Civil Veterinary Dept. Bombay admin report 1923-31 - 1923-1931
Year: 1923
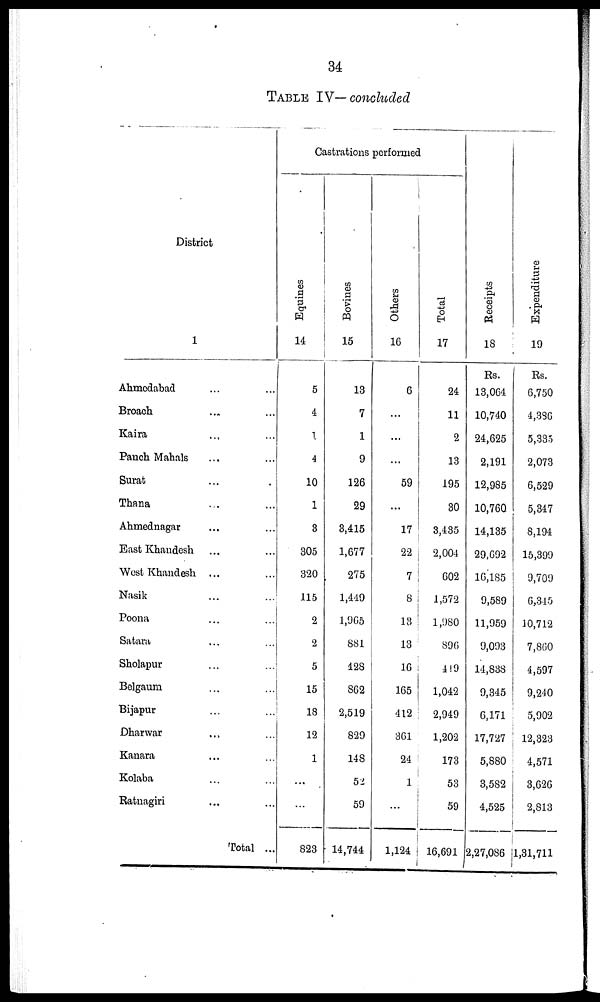
34
TABLE IV—concluded
District
1
Ahmedabad ... ...
Broach ... ...
Kaira ... ...
Panch Mahals ... ...
Surat ... ...
Thana ... ...
Ahmednagar ... ...
East Khandesh ... ...
West Khandesh ... ...
Nasik ... ...
Poona ... ...
Satara ... ...
Sholapur ... ...
Belgaum ... ...
Bijapur ... ...
Dharwar ... ...
Kanara ... ...
Kolaba ... ...
Ratnagiri ... ...
Total ..
Castrations performed
Equines
14
5
4
1
4
10
1
3
305
320
115
2
2
5
15
18
12
1
...
...
823
Bovines
15
13
7
1
9
126
29
3,415
1,677
275
1,449
1,965
881
428
862
2,519
829
148
52
59
14,744
Others
16
6
...
...
...
59
....
17
22
7
8
13
13
16
165
412
361
24
1
...
1,124
Total
17
24
11
2
13
195
30
3,435
2,004
602
1,572
1,980
896
449
1,042
2,949
1,202
173
53
59
16,691
Receipts
18
Rs.
13,064
10,740
24,625
2,191
12,985
10,760
14,135
29,692
16,185
9,589
11,959
9,093
14,888
9,345
6,171
17,727
5,880
3,582
4,525
2,27,086
Expenditure
19
Rs.
6,750
4,386
5,335
2,073
6,529
5,347
8,194
15,399
9,709
6,345
10,712
7,860
4,597
9,240
5,902
12,323
4,571
3,626
2,813
1,31,711